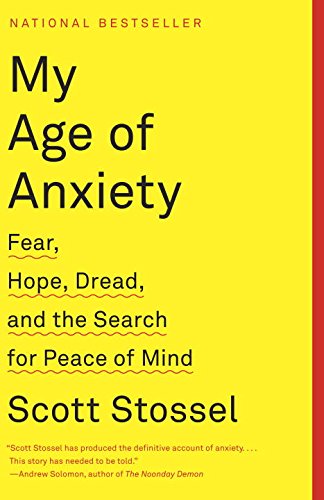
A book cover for My Age of Anxiety: Fear, Hope, Dread, and the Search for Peace of Mind; Scott Stossel; Medical Books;